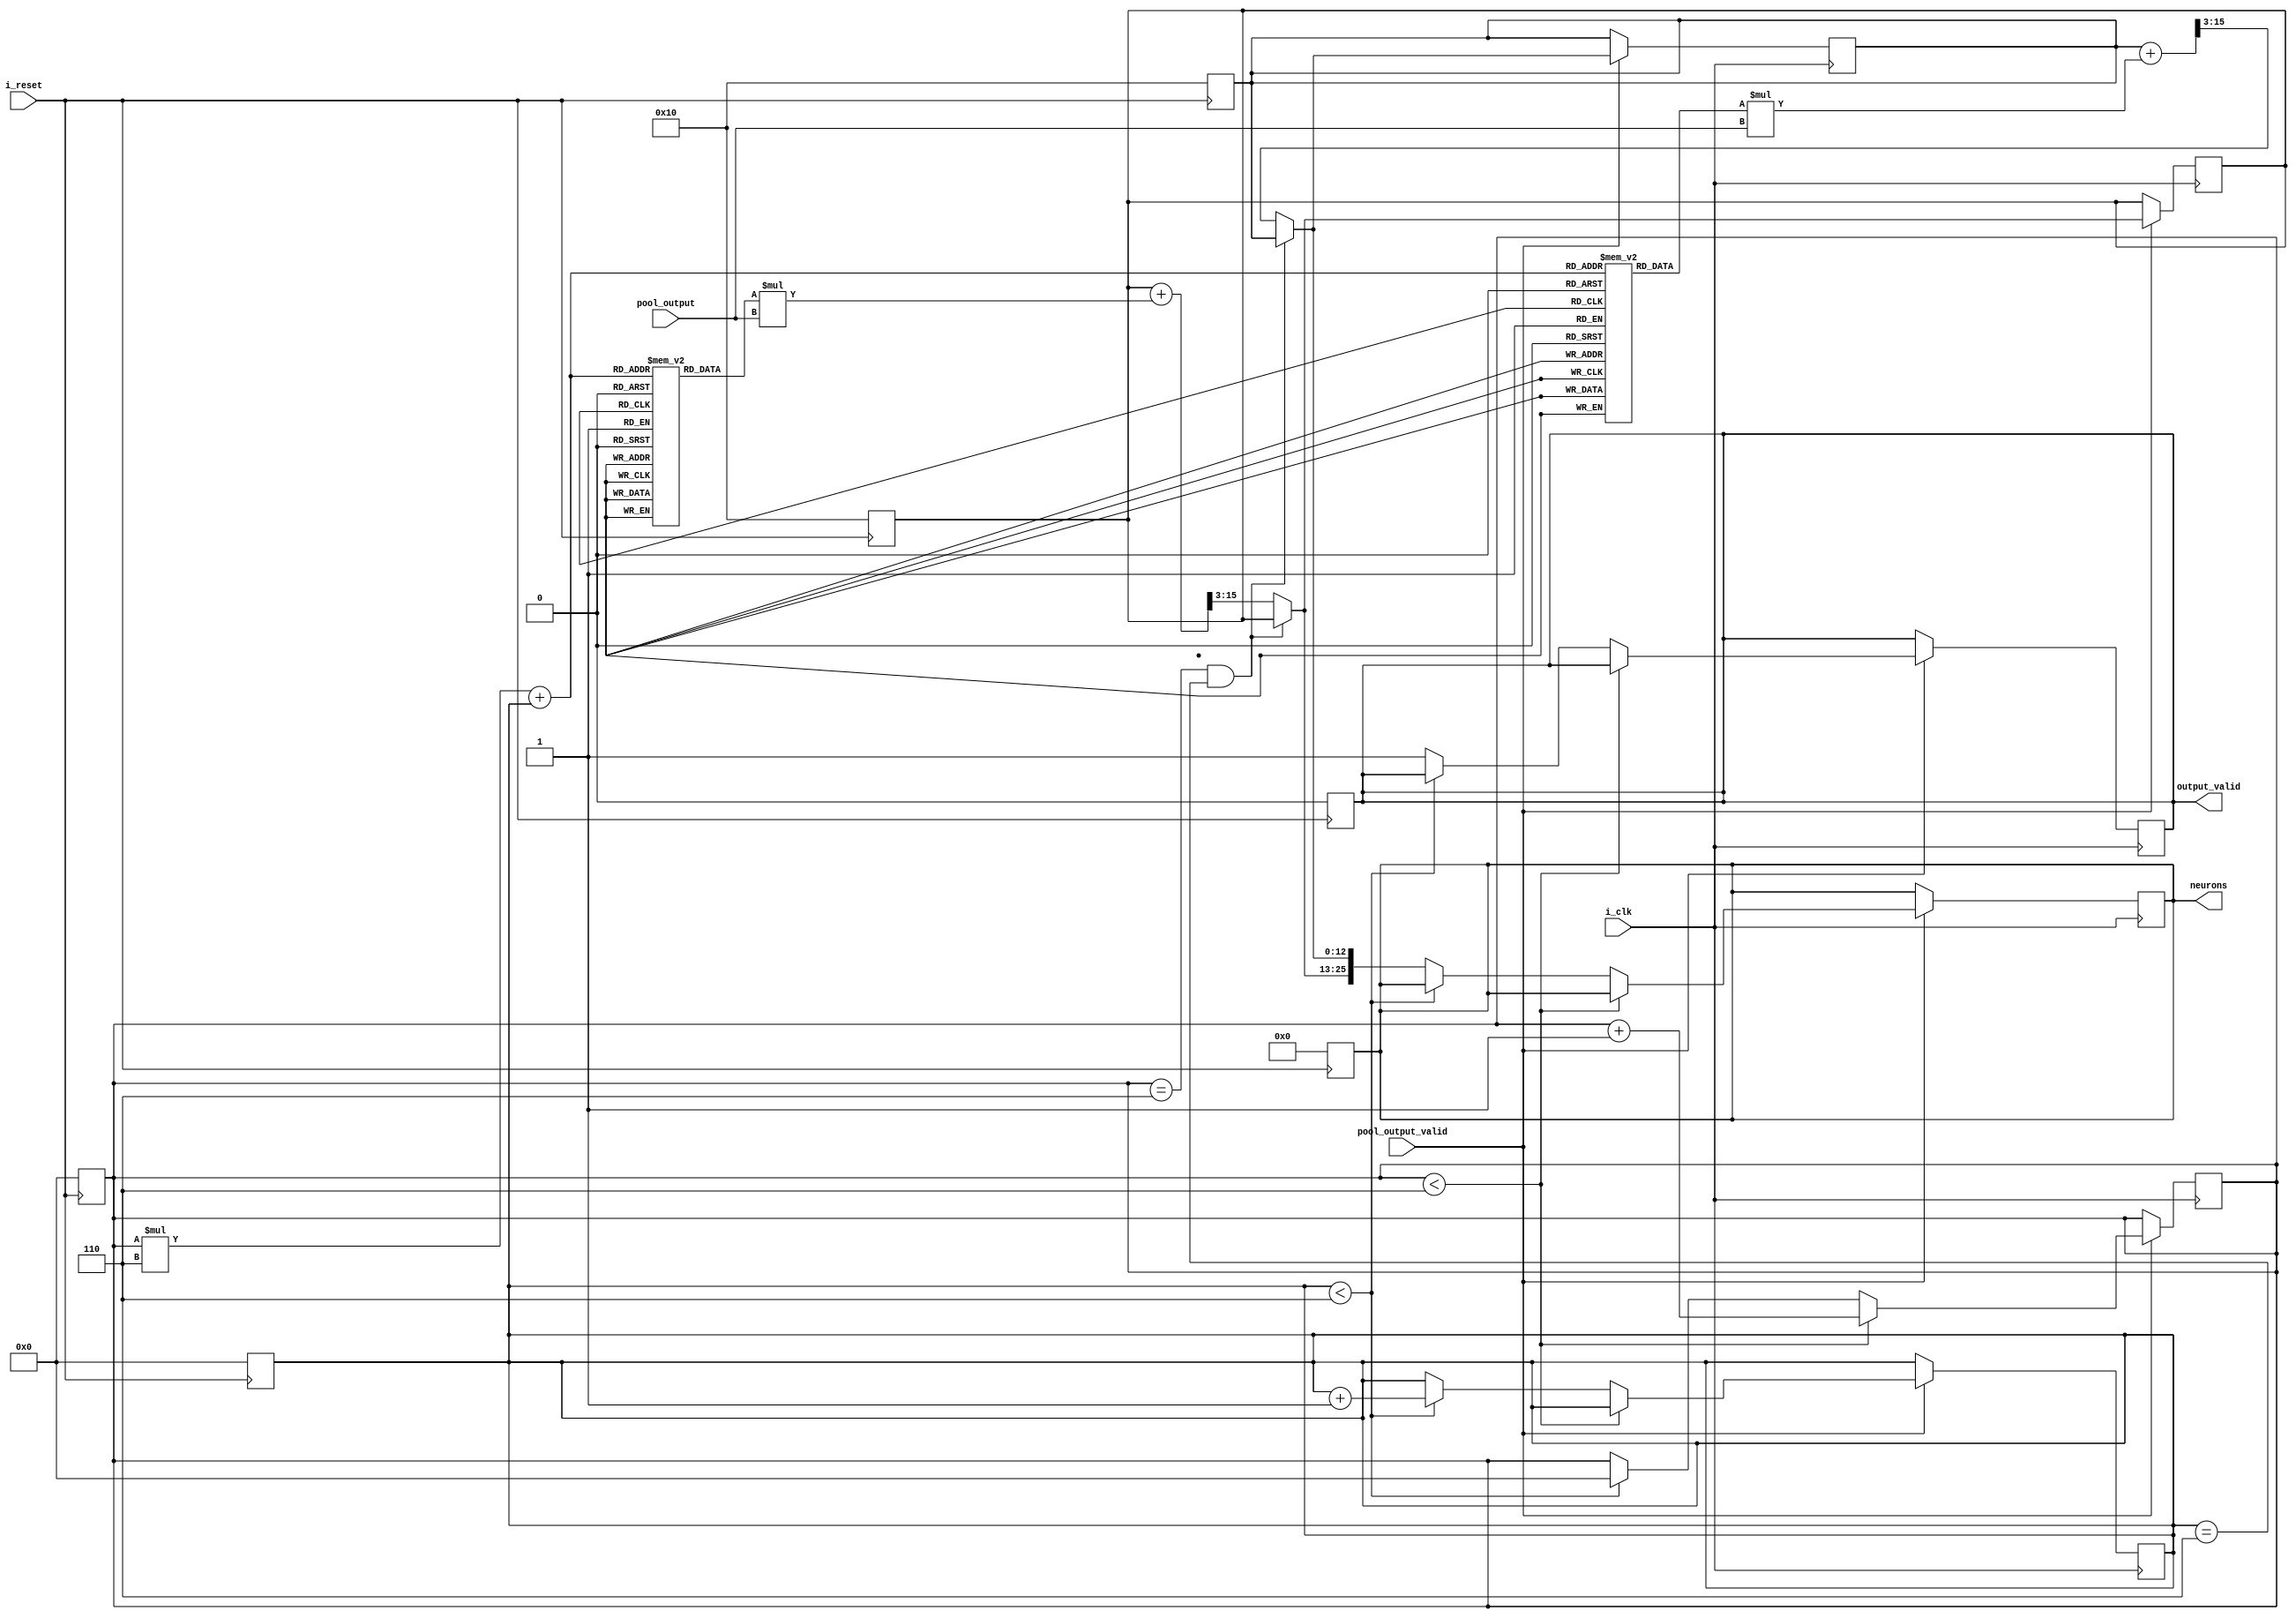
`timescale 1ns / 1ps

module neural_network #(
    parameter INTEGER_BITS = 9,
    parameter FIXED_POINT_BITS = 4
)(
input        i_clk,
input i_reset,
input[INTEGER_BITS+FIXED_POINT_BITS-1:0] pool_output,
input pool_output_valid,
output reg[(INTEGER_BITS+FIXED_POINT_BITS)*2-1:0] neurons,
output reg output_valid
    );
    
    reg[INTEGER_BITS+FIXED_POINT_BITS-1:0] w1[5:0][5:0],w2[5:0][5:0], b1,b2, n1, n2;
    reg[3:0] row,col;
    reg[(INTEGER_BITS+FIXED_POINT_BITS)*2-1:0] temp1,temp2;
    
    initial begin
        w1[0][0] = 13'b0000000010000;
        w1[0][1] = 13'b0000000010000;
        w1[0][2] = 13'b0000000010000;
        w1[0][3] = 13'b0000000010000;
        w1[0][4] = 13'b0000000010000;
        w1[0][5] = 13'b0000000010000;
        w1[1][0] = 13'b0000000010000;
        w1[1][1] = 13'b0000000010000;
        w1[1][2] = 13'b0000000010000;
        w1[1][3] = 13'b0000000010000;
        w1[1][4] = 13'b0000000010000;
        w1[1][5] = 13'b0000000010000;
        w1[2][0] = 13'b0000000010000;
        w1[2][1] = 13'b0000000010000;
        w1[2][2] = 13'b0000000010000;
        w1[2][3] = 13'b0000000010000;
        w1[2][4] = 13'b0000000010000;
        w1[2][5] = 13'b0000000010000;
        w1[3][0] = 13'b0000000010000;
        w1[3][1] = 13'b0000000010000;
        w1[3][2] = 13'b0000000010000;
        w1[3][3] = 13'b0000000010000;
        w1[3][4] = 13'b0000000010000;
        w1[3][5] = 13'b0000000010000;
        w1[4][0] = 13'b0000000010000;
        w1[4][1] = 13'b0000000010000;
        w1[4][2] = 13'b0000000010000;
        w1[4][3] = 13'b0000000010000;
        w1[4][4] = 13'b0000000010000;
        w1[4][5] = 13'b0000000010000;
        w1[5][0] = 13'b0000000010000;
        w1[5][1] = 13'b0000000010000;
        w1[5][2] = 13'b0000000010000;
        w1[5][3] = 13'b0000000010000;
        w1[5][4] = 13'b0000000010000;
        w1[5][5] = 13'b0000000010000;
        
        w2[0][0] = 13'b0000000010000;
        w2[0][1] = 13'b0000000010000;
        w2[0][2] = 13'b0000000010000;
        w2[0][3] = 13'b0000000010000;
        w2[0][4] = 13'b0000000010000;
        w2[0][5] = 13'b0000000010000;
        w2[1][0] = 13'b0000000010000;
        w2[1][1] = 13'b0000000010000;
        w2[1][2] = 13'b0000000010000;
        w2[1][3] = 13'b0000000010000;
        w2[1][4] = 13'b0000000010000;
        w2[1][5] = 13'b0000000010000;
        w2[2][0] = 13'b0000000010000;
        w2[2][1] = 13'b0000000010000;
        w2[2][2] = 13'b0000000010000;
        w2[2][3] = 13'b0000000010000;
        w2[2][4] = 13'b0000000010000;
        w2[2][5] = 13'b0000000010000;
        w2[3][0] = 13'b0000000010000;
        w2[3][1] = 13'b0000000010000;
        w2[3][2] = 13'b0000000010000;
        w2[3][3] = 13'b0000000010000;
        w2[3][4] = 13'b0000000010000;
        w2[3][5] = 13'b0000000010000;
        w2[4][0] = 13'b0000000010000;
        w2[4][1] = 13'b0000000010000;
        w2[4][2] = 13'b0000000010000;
        w2[4][3] = 13'b0000000010000;
        w2[4][4] = 13'b0000000010000;
        w2[4][5] = 13'b0000000010000;
        w2[5][0] = 13'b0000000010000;
        w2[5][1] = 13'b0000000010000;
        w2[5][2] = 13'b0000000010000;
        w2[5][3] = 13'b0000000010000;
        w2[5][4] = 13'b0000000010000;
        w2[5][5] = 13'b0000000010000;
         
        b1 = 13'b0000000010000;
        b2 = 13'b0000000010000;
    end
    
    always @(posedge i_reset) begin
        row = 0;
        col=0;
        n1 = b1;
        n2 = b2;
        output_valid = 0; 
        neurons=0;
     end
     
     always @(posedge i_clk) begin
        if(pool_output_valid) begin
            if (!(row==6 && col==6)) begin
            temp1 = n1 + w1[row][col]*pool_output;
            n1 = temp1[INTEGER_BITS+2*FIXED_POINT_BITS-1:FIXED_POINT_BITS-1];
            temp2 = n2 + w2[row][col]*pool_output;
            n2 = temp2[INTEGER_BITS+2*FIXED_POINT_BITS-1:FIXED_POINT_BITS-1];
            end
            
            if (row<6) row = row+1;
            
            else if(col<6) begin
                row=0;
                col = col+1;                
            end
            
            else begin
                output_valid = 1;
                neurons = {n1,n2};
            end
        end
     end
    
    
endmodule